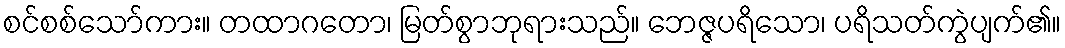
စင်စစ်သော်ကား။ တထာဂတော၊ မြတ်စွာဘုရားသည်။ ဘေဇ္ဇပရိသော၊ ပရိသတ်ကွဲပျက်၏။